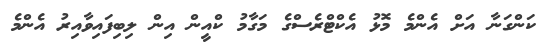
ކަންގަނާ އަށް އެންމެ މޮޅު އެކްޓްރެސްގެ މަގާމު ކްއީން އިން ލިބިފައިވާއިރު އެންމެ